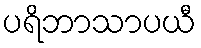
ပရိဘာသာပယီ